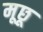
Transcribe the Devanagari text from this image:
मूछू